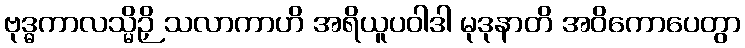
ဗုဒ္ဓကာလသ္မိဉှိ သလာကာဟိ အရိယူပဝါဒါ မုဒုနာတိ အဝိကောပေတွာ